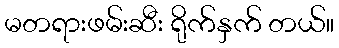
မတရားဖမ်းဆီး ရိုက်နှက် တယ်။